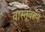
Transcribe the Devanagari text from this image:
वास्तूवरून